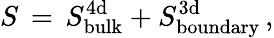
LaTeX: S\, =\, S_{\mathrm{bulk}}^{\mathrm{4d}}+S_{\mathrm{boundary}}^{\mathrm{3d}}\, ,